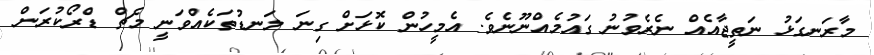
މާރަނގަޅު ނަތީޖާއެއް ނެރެވުނު ގައުމެއްނޫނެވެ. އެމީހުން ކޮޅަށް ގިނަ ލަނޑުތަކެއްވަނީ މެޗް ޑްރޯކުރަން